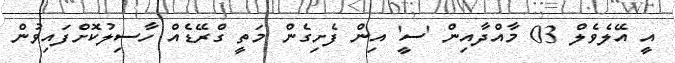
އީ އޭލެވެލް 03 މާއްދާއިން 'ސީ' އިން ފެށިގެން މަތީ ގްރޭޑެއް ހާސިލުކޮށްފައިވުން